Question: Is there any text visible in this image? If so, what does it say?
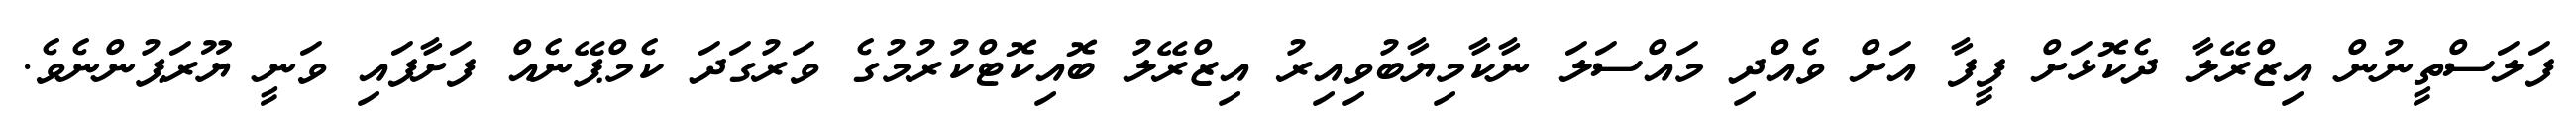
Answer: ފަލަސްތީނުން އިޒްރޭލާ ދެކޮޅަށް ފީފާ އަށް ވެއްދި މައްސަލަ ނާކާމިޔާބުވިއިރު އިޒްރޭލު ބޮއިކޮޓްކުރުމުގެ ވަރުގަދަ ކެމްޕޭނެއް ފަށާފައި ވަނީ ޔޫރަޕުންނެވެ.